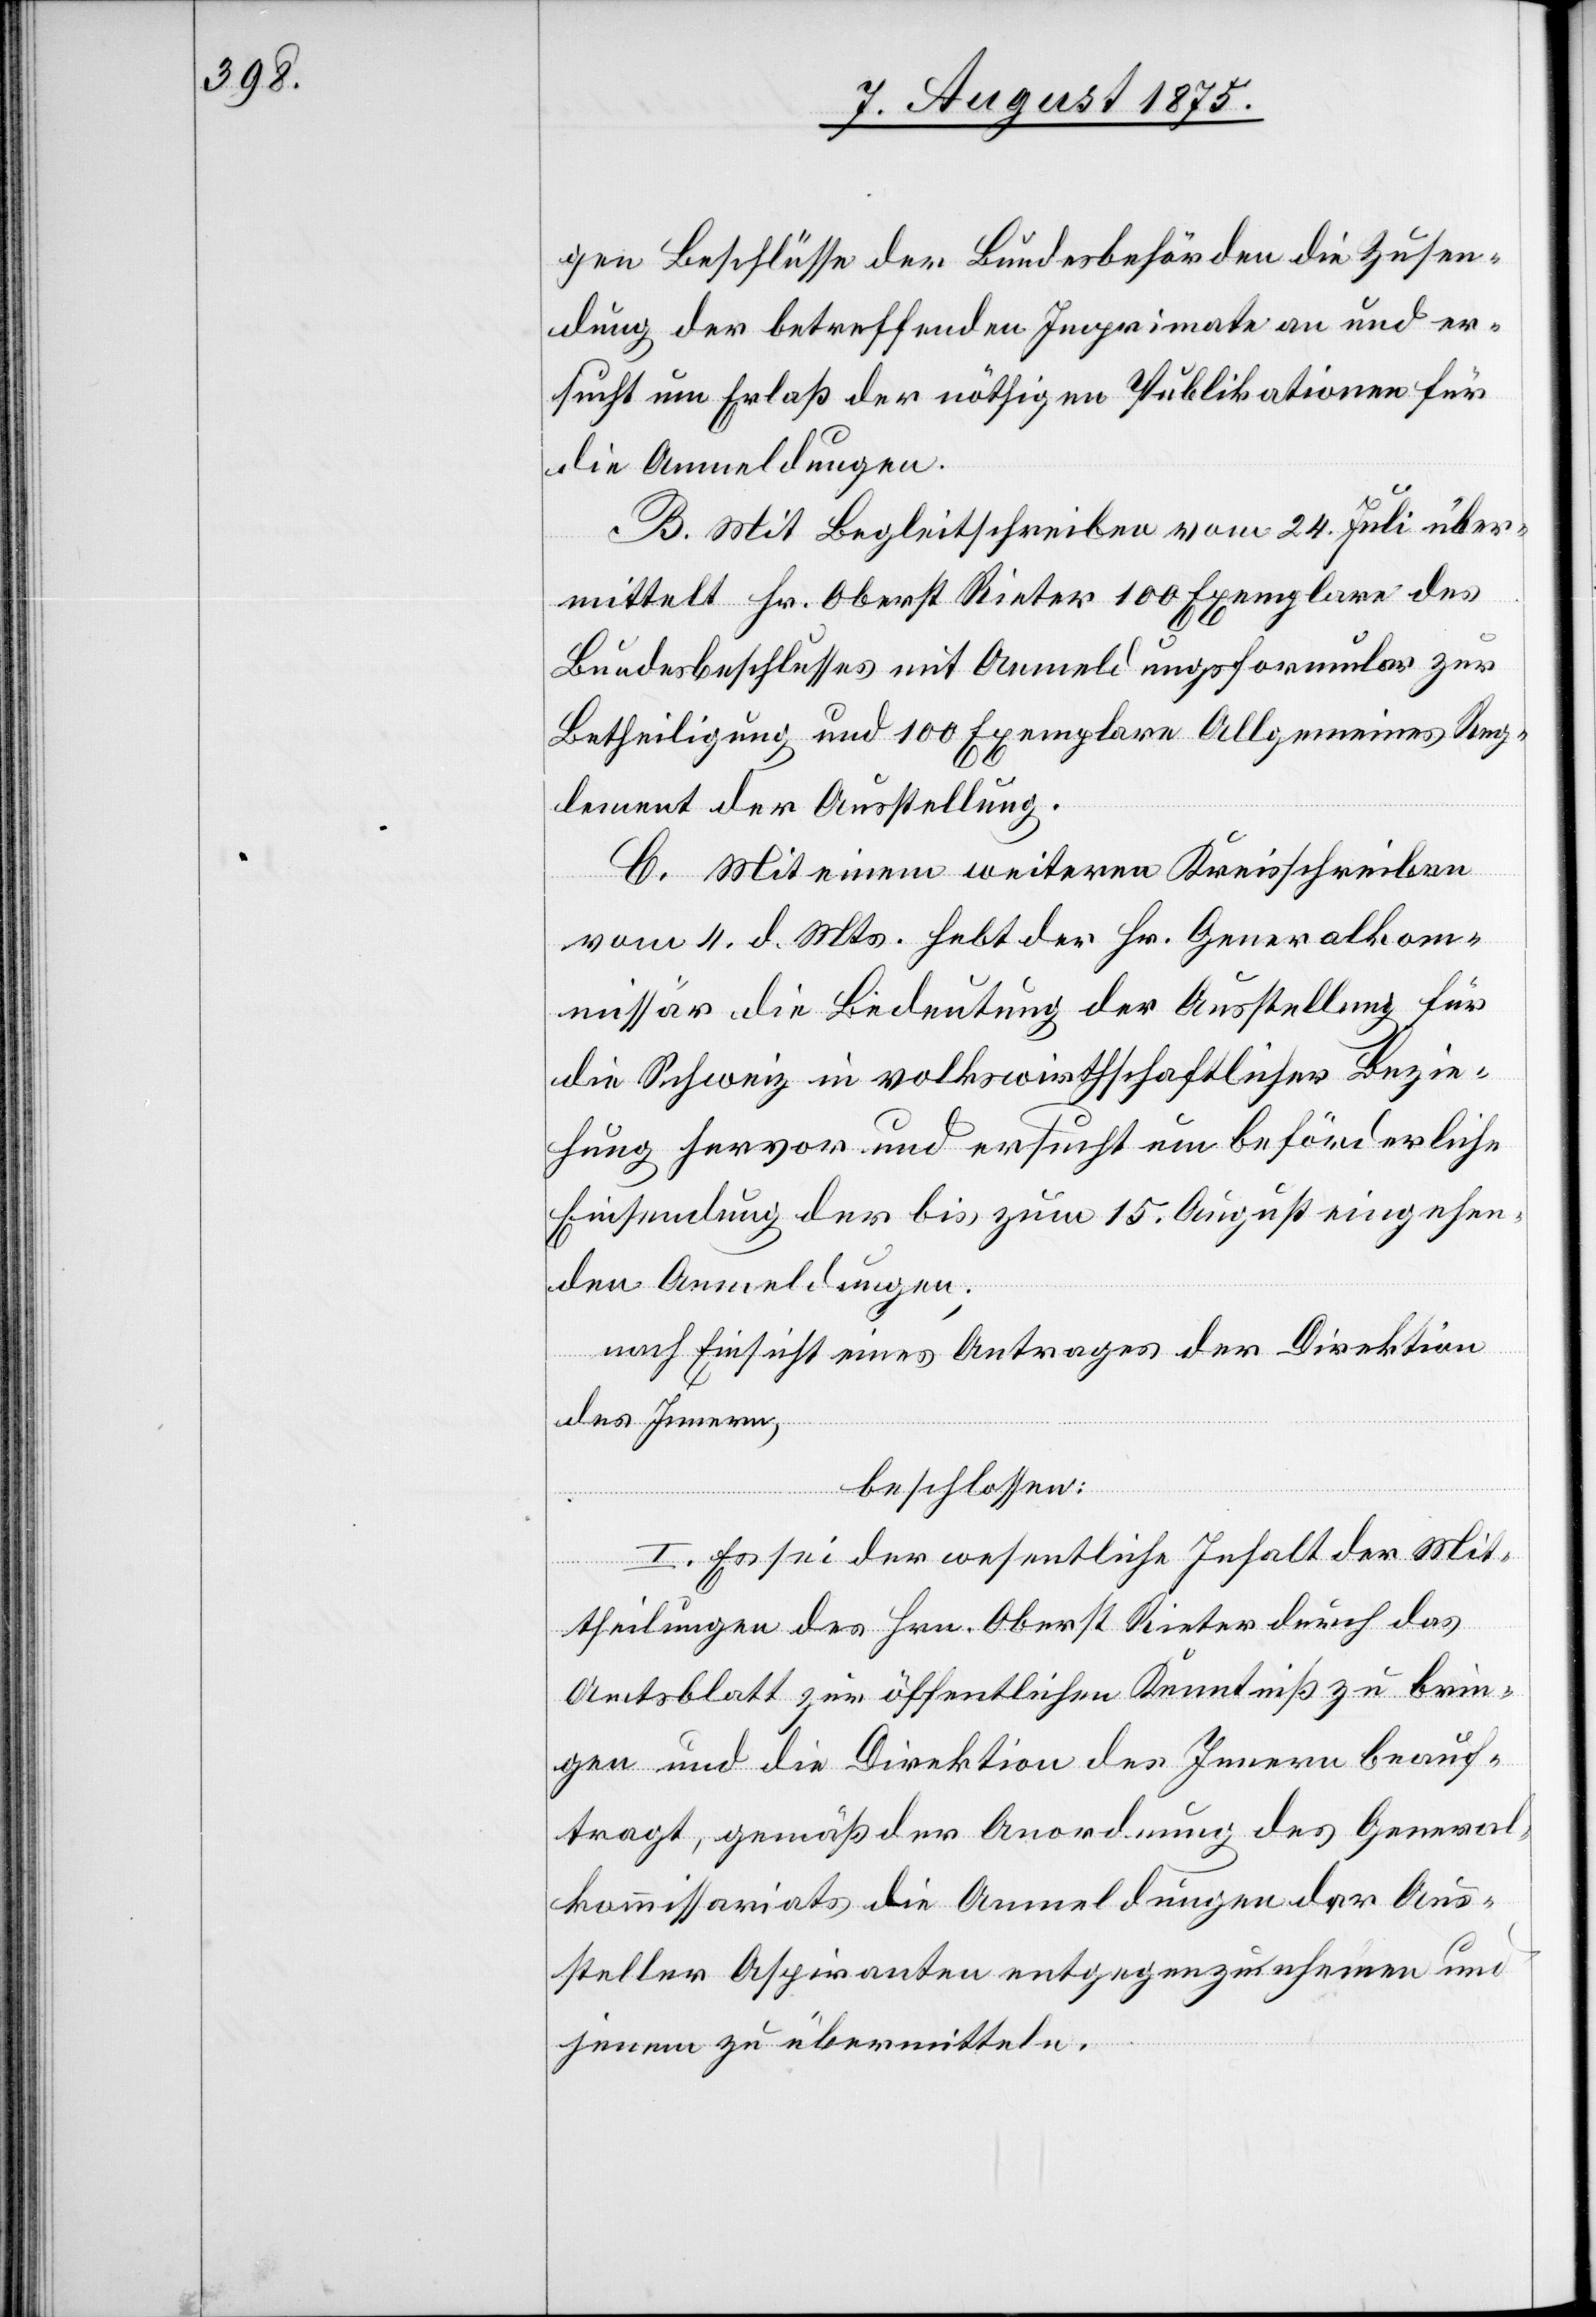
gen Beschlüsse der Bundesbehörden die Zusen¬
dung der betreffenden Imprimate an und er¬
sucht um Erlaß der nöthigen Publikationen für
die Anmeldungen.
B. Mit Begleitschreiben vom 24. Juli über¬
mittelt Hr. Oberst Rieter 100 Exemplare des
Bundesbeschlusses mit Anmeldungsformular zur
Betheiligung und 100 Exemplare Allgemeines Reg¬
lement der Ausstellung.
C. Mit einem weitern Kreisschreiben
vom 4. d. Mts. hebt der Hr. Generalkom¬
missär die Bedeutung der Ausstellung für
die Schweiz in volkswirthschaftlicher Bezie¬
hung hervor und ersucht um beförderliche
Einsendung der bis zum 15. August eingehen¬
den Anmeldungen;
nach Einsicht eines Antrages der Direktion
des Innern,
beschlossen:
I. Es sei der wesentliche Inhalt der Mit¬
theilungen des Hrn. Oberst Rieter durch das
Amtsblatt zur öffentlichen Kenntniß zu brin¬
gen und die Direktion des Innern beauf¬
tragt, gemäß der Anordnung des General¬
kommissariates die Anmeldungen der Aus¬
steller Aspiranten entgegen zu nehmen und
jenem zu übermitteln.